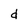
Character: d